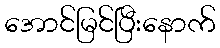
အောင်မြင်ပြီးနောက်